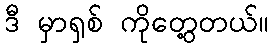
ဒီ မှာရှစ် ကိုတွေ့တယ်။